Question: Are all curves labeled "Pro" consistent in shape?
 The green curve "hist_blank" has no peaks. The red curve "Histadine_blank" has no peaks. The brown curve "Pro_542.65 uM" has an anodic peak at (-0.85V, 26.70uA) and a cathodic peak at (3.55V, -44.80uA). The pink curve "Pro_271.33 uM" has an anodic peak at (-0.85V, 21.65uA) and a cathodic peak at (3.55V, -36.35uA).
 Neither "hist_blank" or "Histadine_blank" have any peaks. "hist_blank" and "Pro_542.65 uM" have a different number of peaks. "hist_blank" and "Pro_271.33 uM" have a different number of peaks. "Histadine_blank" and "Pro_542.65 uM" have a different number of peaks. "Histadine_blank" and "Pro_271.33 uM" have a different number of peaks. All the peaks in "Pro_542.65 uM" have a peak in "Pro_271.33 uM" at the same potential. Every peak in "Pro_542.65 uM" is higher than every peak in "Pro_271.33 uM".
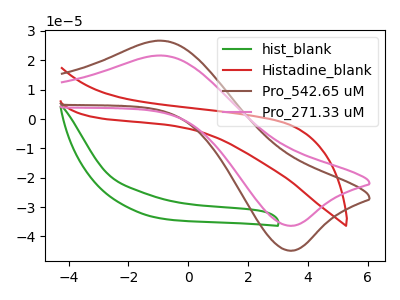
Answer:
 <answer>All the CV's of "Pro" have similar shape.</answer>
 <eval>follow_rule</eval>